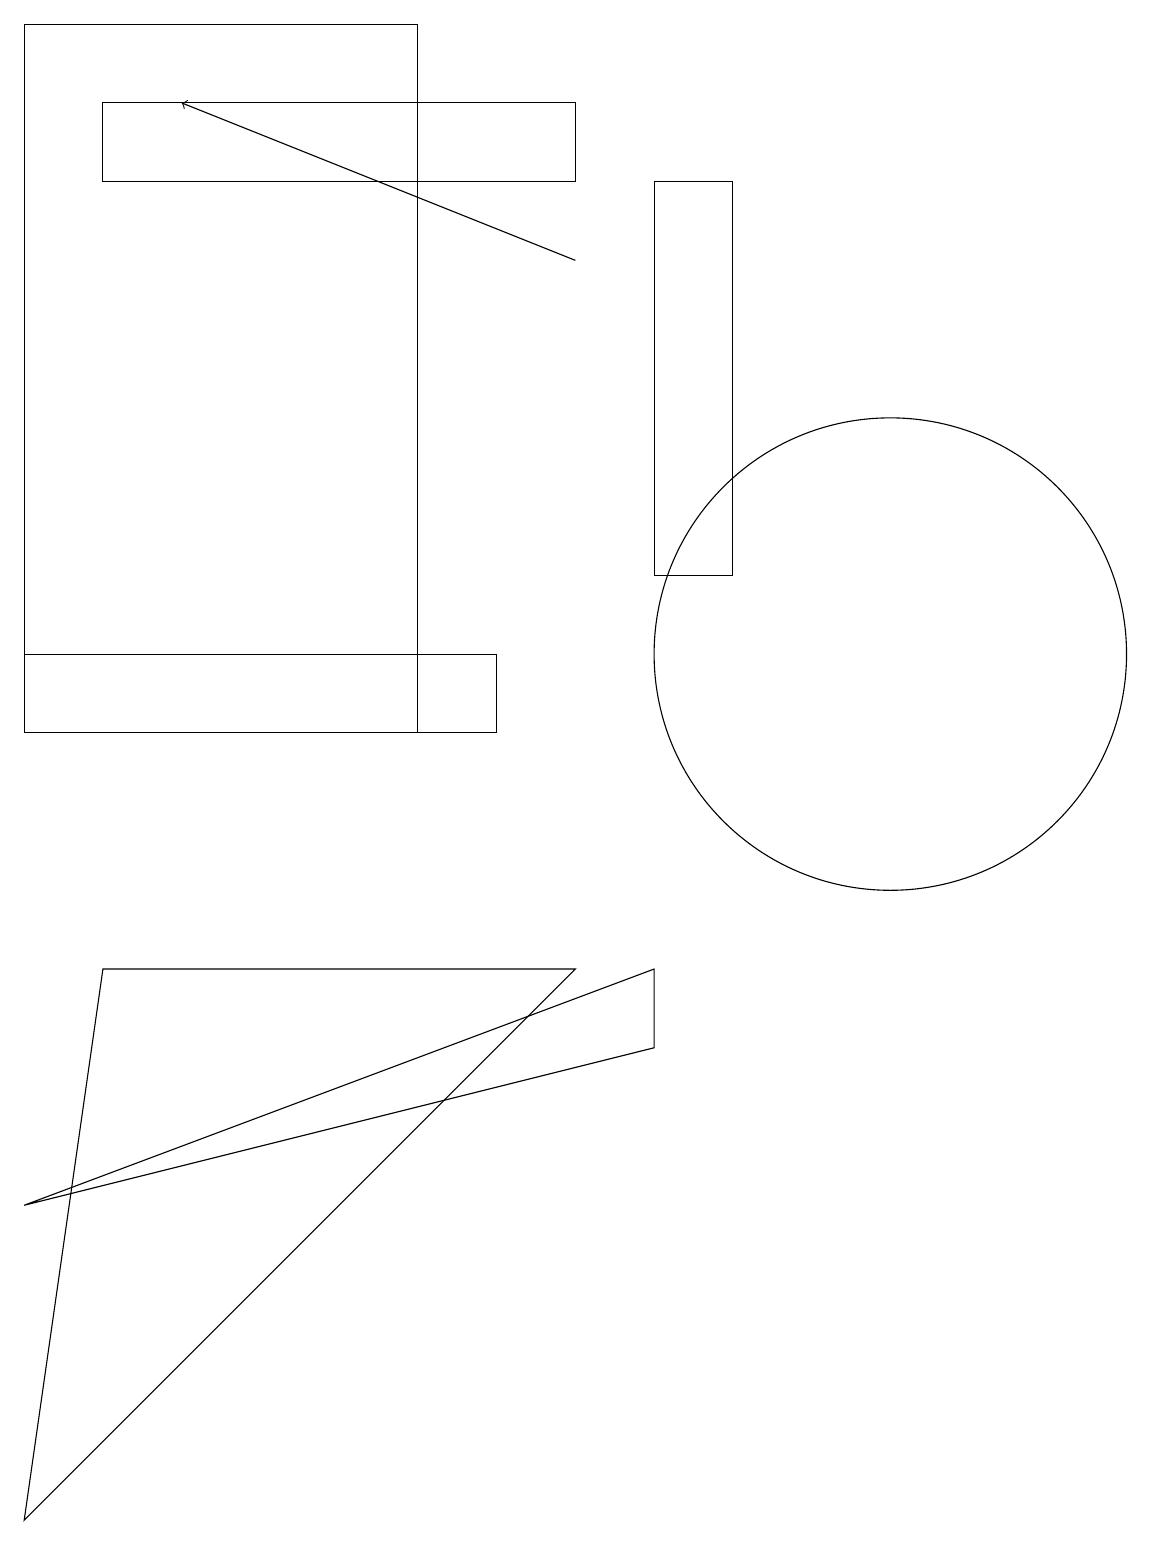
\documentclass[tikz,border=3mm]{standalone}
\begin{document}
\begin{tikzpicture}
\draw (11,11) circle (3);
\draw (0,19) rectangle (5,10);
\draw (8,6) -- (8,7) -- (0,4) -- cycle;
\draw (0,11) rectangle (6,10);
\draw[->] (7,16) -- (2,18);
\draw (7,17) rectangle (1,18);
\draw (0,0) -- (1,7) -- (7,7) -- cycle;
\draw (8,17) rectangle (9,12);
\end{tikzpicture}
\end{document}